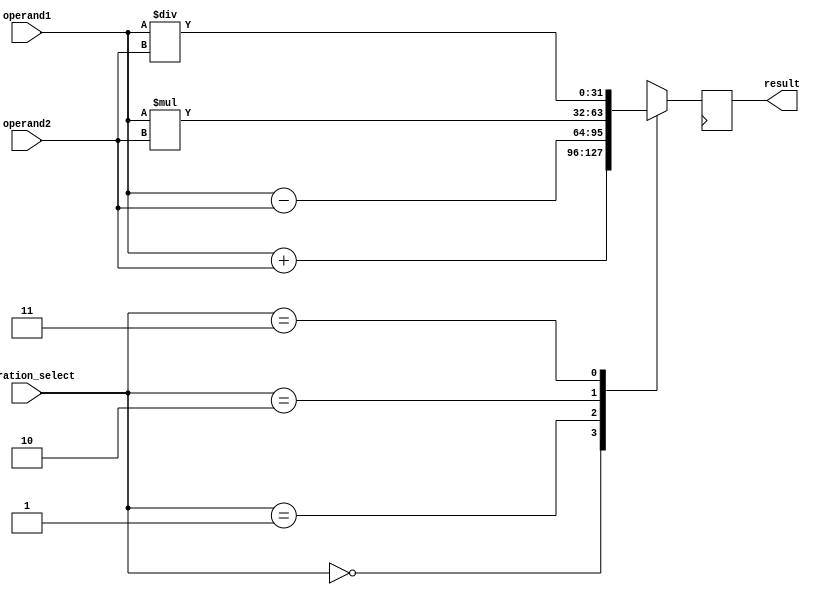
module floating_point_ALU (
    input wire [31:0] operand1,
    input wire [31:0] operand2,
    input wire [1:0] operation_select,
    output reg [31:0] result
    );

    always @ (posedge clk) begin
        case (operation_select)
            2'b00: begin // Addition
                result <= operand1 + operand2;
            end
            2'b01: begin // Subtraction
                result <= operand1 - operand2;
            end
            2'b10: begin // Multiplication
                result <= operand1 * operand2;
            end
            2'b11: begin // Division
                result <= operand1 / operand2;
            end
            default: begin
                result <= 32'h0; // Default to 0
            end
        endcase
    end

endmodule